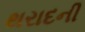
થરાદની